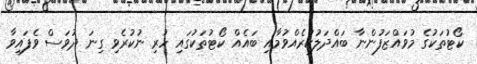
ކޯޓުތަކުގެ މުވައްޒަފުންނާ ބައްދަލުކުރެއްވުމާއި ބައެއް ކޯޓުތަކުގައި ހުރި ނުކުރެވި ގިނަ ދުވަސް ވެފައިވާ